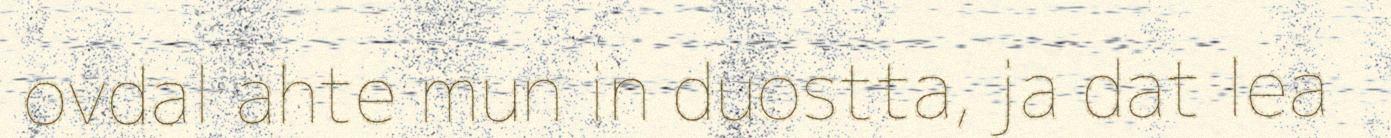
ovdal ahte mun in duostta, ja dat lea